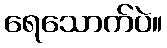
ရေသောက်ပဲ။